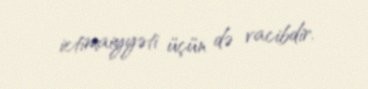
ictimaiyyəti üçün də vacibdir.